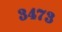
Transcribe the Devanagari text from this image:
३४७३